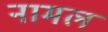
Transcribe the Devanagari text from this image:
नामल